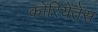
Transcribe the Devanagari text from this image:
कोरियेंतेस